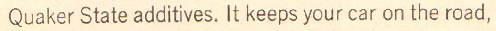
Quaker State additives. It keeps your car on the road,